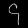
Digit: ၄